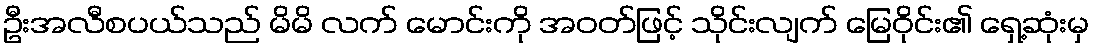
ဦးအလီစပယ်သည် မိမိ လက် မောင်းကို အဝတ်ဖြင့် သိုင်းလျက် မြေဝိုင်း၏ ရှေ့ဆုံးမှ